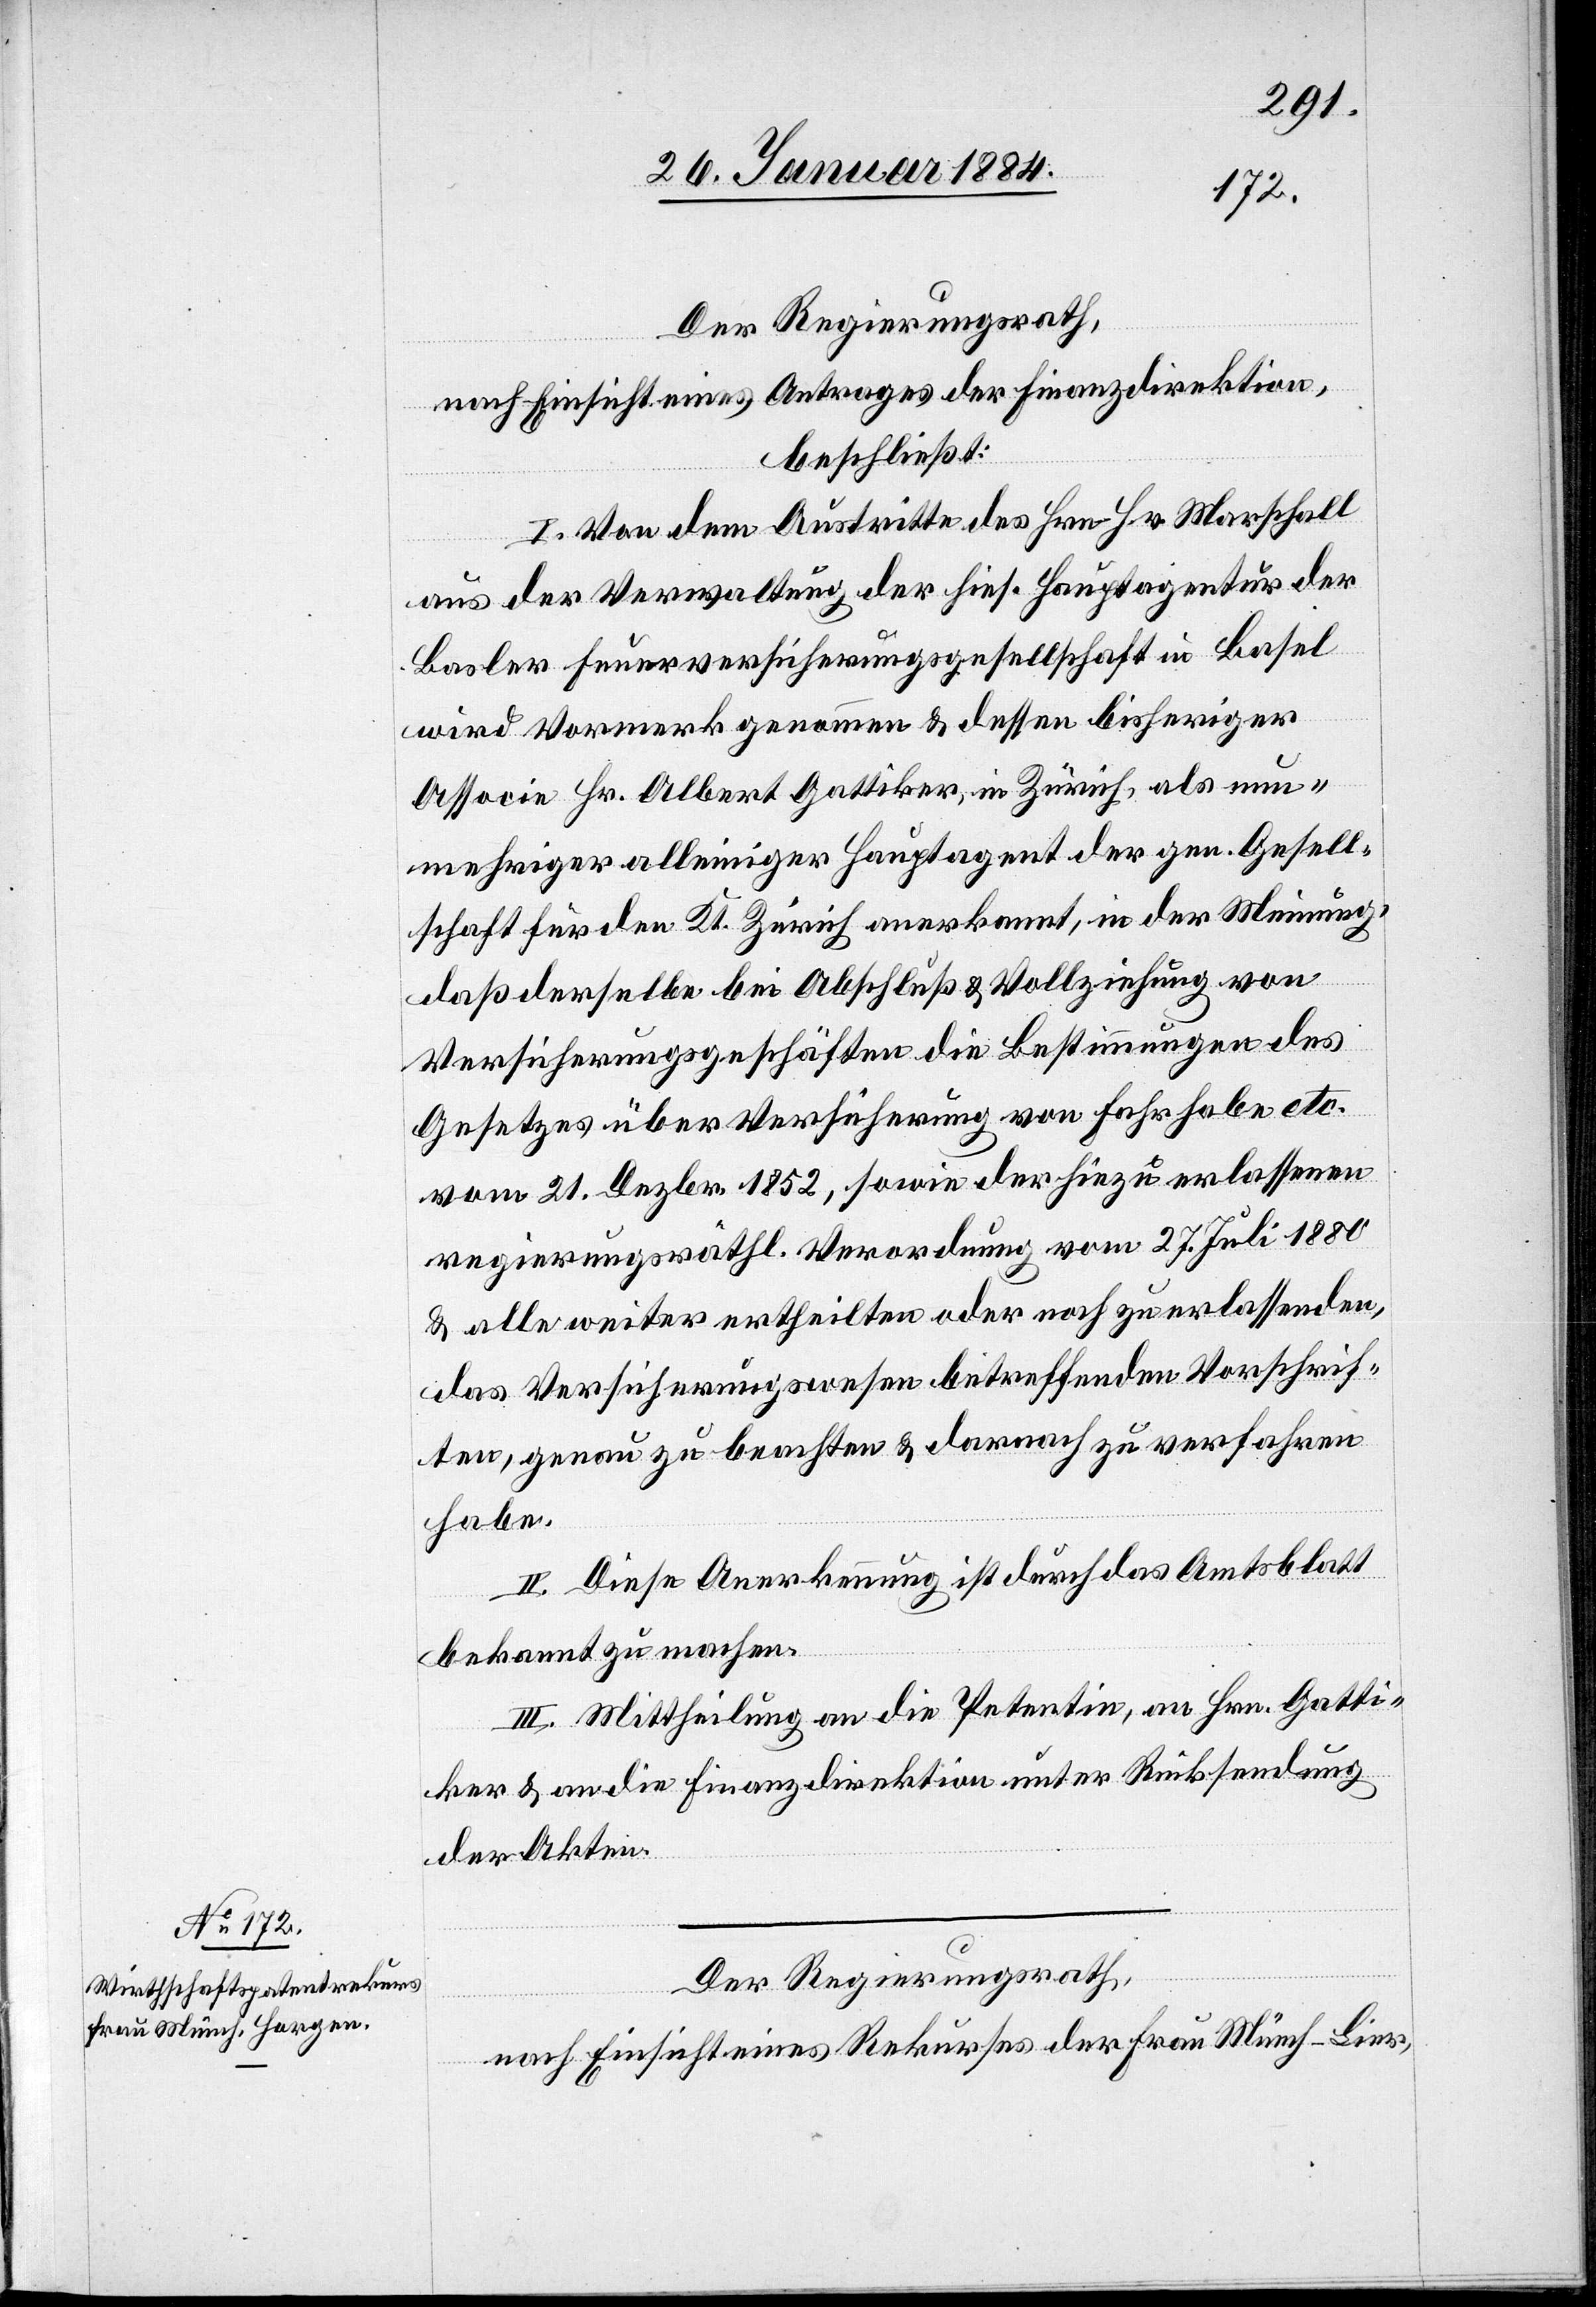
nach Einsicht eines Antrages der Finanzdirektion,
beschließt:
I. Von dem Austritte des Hrn. Hr. Marschall
aus der Verwaltung der hies. Hauptagentur der
Basler Feuerversicherungsgesellschaft in Basel
wird Vormerk genommen & dessen bisheriger
Associn Hr. Alber Gattiker, in Zürich, als nun¬
mehriger alleiniger Hauptagent der gen. Gesell¬
schaft für den Kt. Zürich anerkannt, in der Meinung,
daß derselbe bei Abschluß & Vollziehung von
Versicherungsgeschäften die Bestimmungen des
Gesetzes über Versicherung von Fahrhabe etc.
vom 21. Dezbr. 1852, sowie der hiezu erlassenen
regierungsräthl. Verordnung vom 27. Juli 1880
& alle weiter ertheilten oder noch zu erlassenden,
das Versicherungswesen betreffenden Vorschrif¬
ten, genau zu beachten & demnach zu verfahren
habe.
II. Diese Anerkennung ist durch das Amtsblatt
bekannt zu machen.
III. Mittheilung an die Petentin, an Hrn. Gatti¬
ker & an die Finanzdirektion unter Rücksendung
der Akten.
Der Regierungsrath,
nach Einsicht eines Rekurses der Frau Münch-Bier,